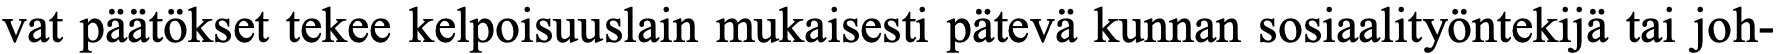
vat päätökset tekee kelpoisuuslain mukaisesti pätevä kunnan sosiaalityöntekijä tai joh-